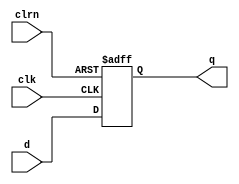
// 5bit D flip-flop.
module dff5(d, clk, clrn, q);
	input      [4:0] d;
	input            clk, clrn;
	output reg [4:0] q;

	always @(negedge clrn or posedge clk)
		if (clrn == 0) begin
			q <= 0;
		end else begin
			q <= d;
		end
endmodule